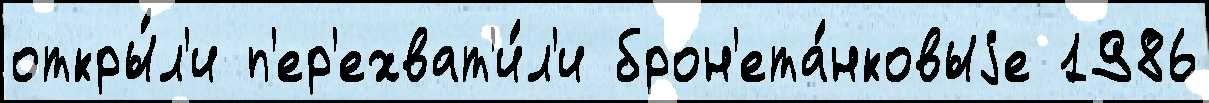
откры́л'и п'ер'ехват'и́л'и брон'ета́нковыjе 1986